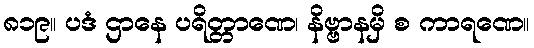
၈၁၉။ ပဒံ ဌာနေ ပရိတ္တာဏေ၊ နိဗ္ဗာနမှိ စ ကာရဏေ။